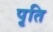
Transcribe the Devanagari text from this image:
पृति